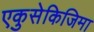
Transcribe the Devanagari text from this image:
एकुसेकिजिमा